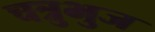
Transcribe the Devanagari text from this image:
चत्रुभुज